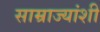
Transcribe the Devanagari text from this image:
साम्राज्यांशी